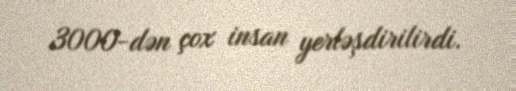
3000-dən çox insan yerləşdirilirdi.